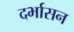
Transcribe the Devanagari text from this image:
दर्भासन